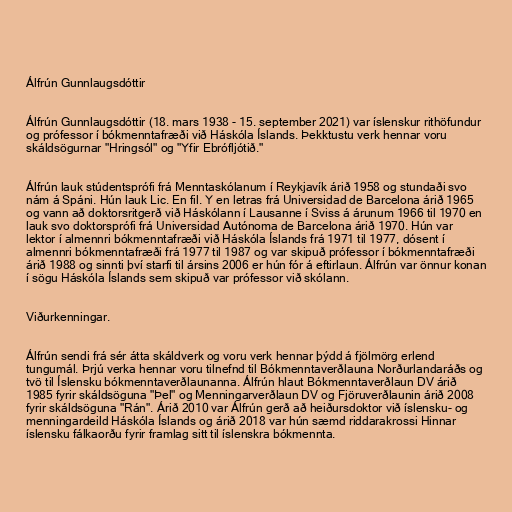
Álfrún Gunnlaugsdóttir

Álfrún Gunnlaugsdóttir (18. mars 1938 - 15. september 2021) var íslenskur rithöfundur
og prófessor í bókmenntafræði við Háskóla Íslands. Þekktustu verk hennar voru
skáldsögurnar "Hringsól" og "Yfir Ebrófljótið."

Álfrún lauk stúdentsprófi frá Menntaskólanum í Reykjavík árið 1958 og stundaði svo
nám á Spáni. Hún lauk Lic. En fil. Y en letras frá Universidad de Barcelona árið 1965
og vann að doktorsritgerð við Háskólann í Lausanne í Sviss á árunum 1966 til 1970 en
lauk svo doktorsprófi frá Universidad Autónoma de Barcelona árið 1970. Hún var
lektor í almennri bókmenntafræði við Háskóla Íslands frá 1971 til 1977, dósent í
almennri bókmenntafræði frá 1977 til 1987 og var skipuð prófessor í bókmenntafræði
árið 1988 og sinnti því starfi til ársins 2006 er hún fór á eftirlaun. Álfrún var önnur konan
í sögu Háskóla Íslands sem skipuð var prófessor við skólann.

Viðurkenningar.

Álfrún sendi frá sér átta skáldverk og voru verk hennar þýdd á fjölmörg erlend
tungumál. Þrjú verka hennar voru tilnefnd til Bókmenntaverðlauna Norðurlandaráðs og
tvö til Íslensku bókmenntaverðlaunanna. Álfrún hlaut Bókmenntaverðlaun DV árið
1985 fyrir skáldsöguna "Þel" og Menningarverðlaun DV og Fjöruverðlaunin árið 2008
fyrir skáldsöguna "Rán". Árið 2010 var Álfrún gerð að heiðursdoktor við íslensku- og
menningardeild Háskóla Íslands og árið 2018 var hún sæmd riddarakrossi Hinnar
íslensku fálkaorðu fyrir framlag sitt til íslenskra bókmennta.